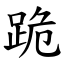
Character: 跪